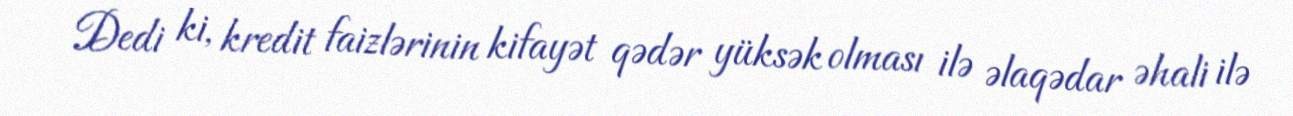
Dedi ki, kredit faizlərinin kifayət qədər yüksək olması ilə əlaqədar əhali ilə